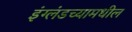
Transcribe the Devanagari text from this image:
इंग्लंडच्यामधील